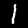
Digit: 1